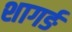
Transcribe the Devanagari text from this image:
शागर्ङ